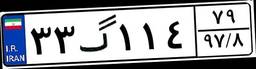
۳۳گ۱۱۴۷۹